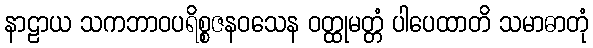
နာဠာယ သကဘာဝပရိစ္စဇနဝသေန ဝတ္ထုမတ္တံ ပါပေထာတိ သမာဓာတုံ